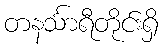
တနင်္သာရီတိုင်းရှိ